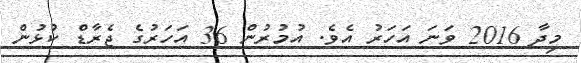
މިދާ 2016 ވަނަ އަހަރު އެވެ. އުމުރުން 36 އަހަރުގެ ޖެރާޑް ކުޅުން